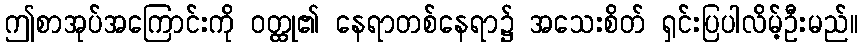
ဤစာအုပ်အကြောင်းကို ဝတ္ထု၏ နေရာတစ်နေရာ၌ အသေးစိတ် ရှင်းပြပါလိမ့်ဦးမည်။